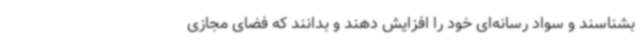
بشناسند و سواد رسانه‌ای خود را افزایش دهند و بدانند که فضای مجازی